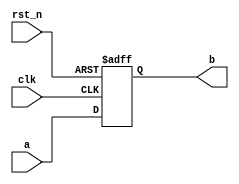
module mips
(
	input clk,
	input rst_n,
	input a,
	output reg b
);

always@(posedge clk or negedge rst_n) begin
	if(!rst_n)
		b <= 1'd0;
	else
		b <= a;

end
endmodule